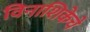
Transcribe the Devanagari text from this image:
विनाशिकेचे